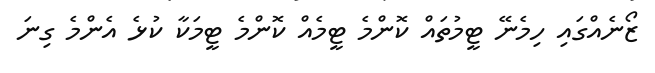
ޒޯނެއްގައި ހިމެނޭ ޓީމުތައް ކޮންމެ ޓީމެއް ކޮންމެ ޓީމަކާ ކުޅެ އެންމެ ގިނަ